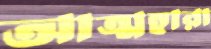
আত্মহারা